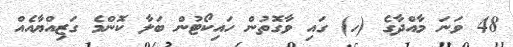
48 ވަނަ މާއްދާގެ (ހ) ގައި ވާގޮތުން ހައިކޯޓުން ބަލާ ކޮންމެ ގަޒިއްޔާއެއް